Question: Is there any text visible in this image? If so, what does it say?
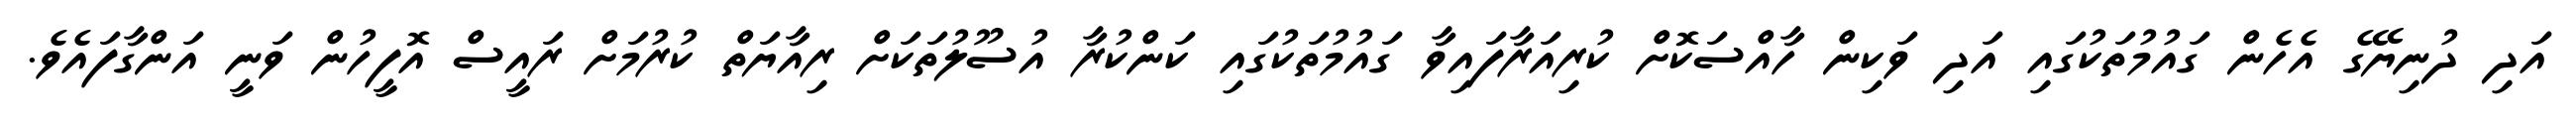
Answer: އަދި ދުނިޔޭގެ އެހެން ގައުމުތަކުގައި އަދި ވަކިން ހާއްސަކޮށް ކުރިއަރާފައިވާ ގައުމުތަކުގައި ކަންކުރާ އުސޫލުތަކަށް ރިއާޔަތް ކުރުމަށް ރައީސް އޮފީހުން ވަނީ އަންގާފައެވެ.